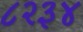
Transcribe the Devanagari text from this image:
८२३४